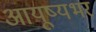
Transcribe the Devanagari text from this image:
आयूष्यभर